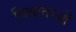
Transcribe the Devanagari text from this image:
विधाताओं